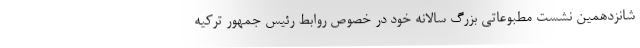
شانزدهمین نشست مطبوعاتی بزرگ سالانه خود در خصوص روابط رئیس جمهور ترکیه